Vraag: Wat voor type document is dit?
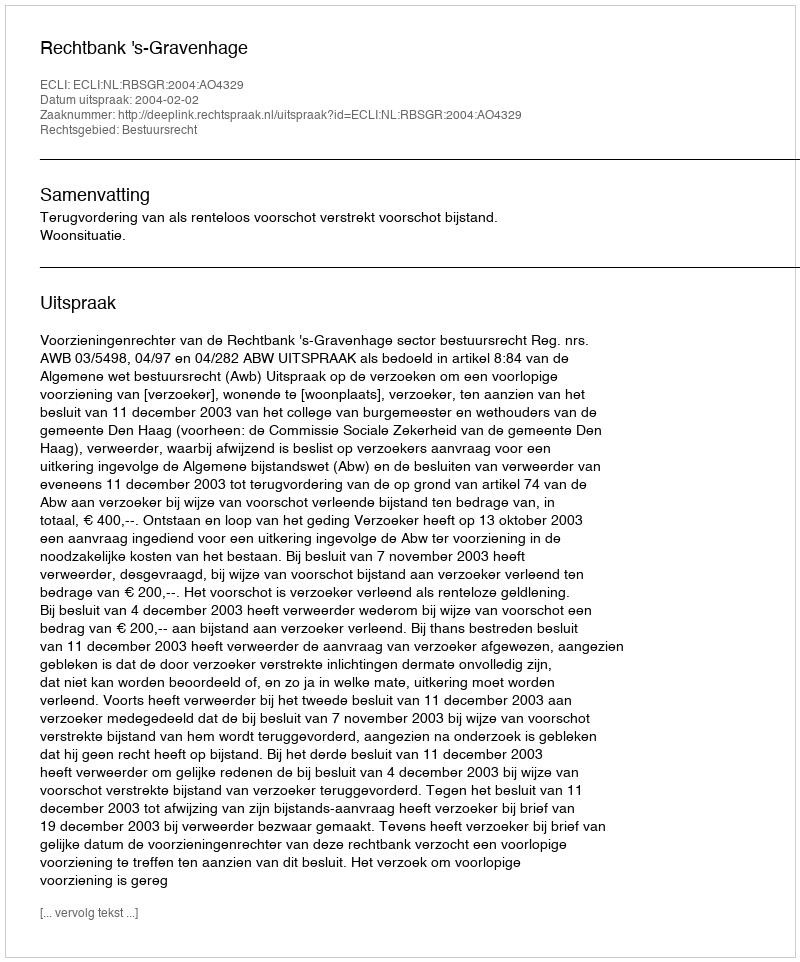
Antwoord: Uitspraak